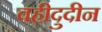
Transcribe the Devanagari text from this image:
वहीदुदीन